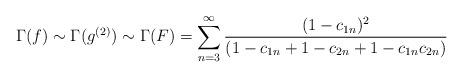
LaTeX: \begin{align*}\Gamma(f)\sim \Gamma(g^{(2)})\sim \Gamma(F)=\sum_{n=3}^\infty\frac{(1-c_{1n})^2}{(1-c_{1n}+1-c_{2n}+1-c_{1n}c_{2n})}\end{align*}